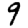
Digit: 9